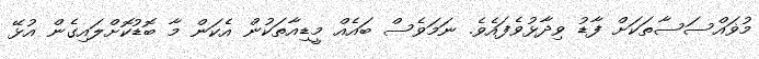
މުޥައްސަސާތަކަށް ފާޑު ވިދާޅުވެފައެވެ. ނަމަވެސް ބައެއް މީޑިއާތަކުން އެކަން މާ ބޮޑުކޮށްލައިގެން އުޅޭ